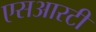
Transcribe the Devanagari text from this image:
एसआरटी